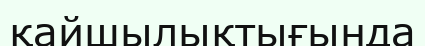
қайшылықтығында